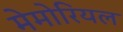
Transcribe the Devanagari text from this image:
मेमोरियल